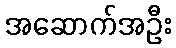
အဆောက်အဦး